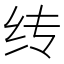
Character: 䌸